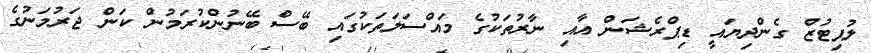
ލުޕިޓުޒް ގެންދިޔައީ ޑިޕްރެޝަން އާއި ނާރުތަކުގެ މައްސަލަތަކުގައި ބޭސް ބޭނުންކުރަމުން ކަން ޖަރުމަނުގެ